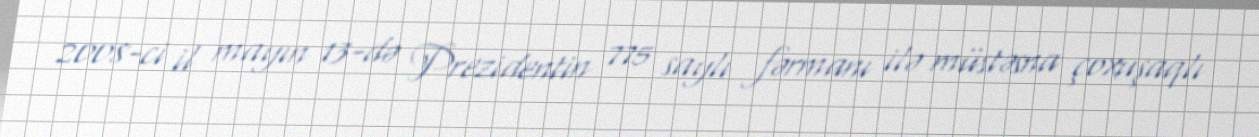
2008-ci il mayın 13-də Prezidentin 775 saylı fərmanı ilə müstəsna çoxuşaqlı